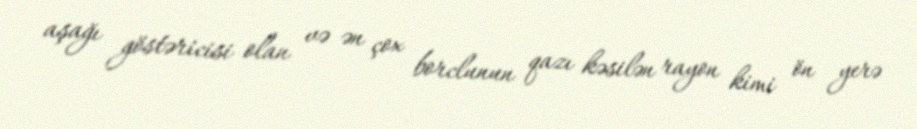
aşağı göstəricisi olan və ən çox borclunun qazı kəsilən rayon kimi ön yerə